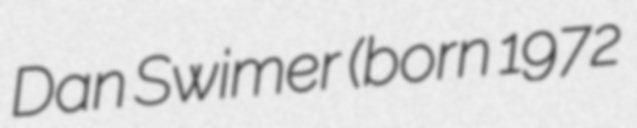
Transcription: Dan Swimer (born 1972